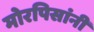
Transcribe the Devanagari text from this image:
मोरपिसांनी